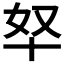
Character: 𫧞